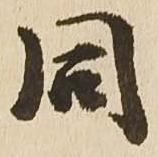
同